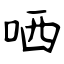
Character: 哂